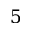
5